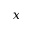
x